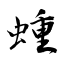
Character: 蝩